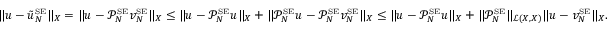
\| u - \tilde { u } _ { N } ^ { \scriptscriptstyle \mathrm { S E } } \| _ { X } = \| u - \mathcal { P } _ { N } ^ { \scriptscriptstyle \mathrm { S E } } v _ { N } ^ { \scriptscriptstyle \mathrm { S E } } \| _ { X } \leq \| u - \mathcal { P } _ { N } ^ { \scriptscriptstyle \mathrm { S E } } u \| _ { X } + \| \mathcal { P } _ { N } ^ { \scriptscriptstyle \mathrm { S E } } u - \mathcal { P } _ { N } ^ { \scriptscriptstyle \mathrm { S E } } v _ { N } ^ { \scriptscriptstyle \mathrm { S E } } \| _ { X } \leq \| u - \mathcal { P } _ { N } ^ { \scriptscriptstyle \mathrm { S E } } u \| _ { X } + \| \mathcal { P } _ { N } ^ { \scriptscriptstyle \mathrm { S E } } \| _ { \mathcal { L } ( X , X ) } \| u - v _ { N } ^ { \scriptscriptstyle \mathrm { S E } } \| _ { X } .